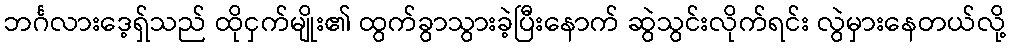
ဘင်္ဂလားဒေ့ရ်ှသည် ထိုငှက်မျိုး၏ ထွက်ခွာသွားခဲ့ပြီးနောက် ဆွဲသွင်းလိုက်ရင်း လွဲမှားနေတယ်လို့